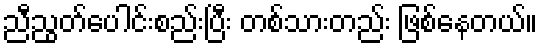
ညီညွတ်ပေါင်းစည်းပြီး တစ်သားတည်း ဖြစ်နေတယ်။